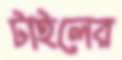
টাইলের